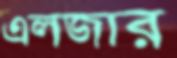
এলজার